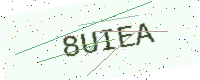
Text: 8UIEA